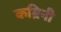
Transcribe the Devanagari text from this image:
कब्रिनी